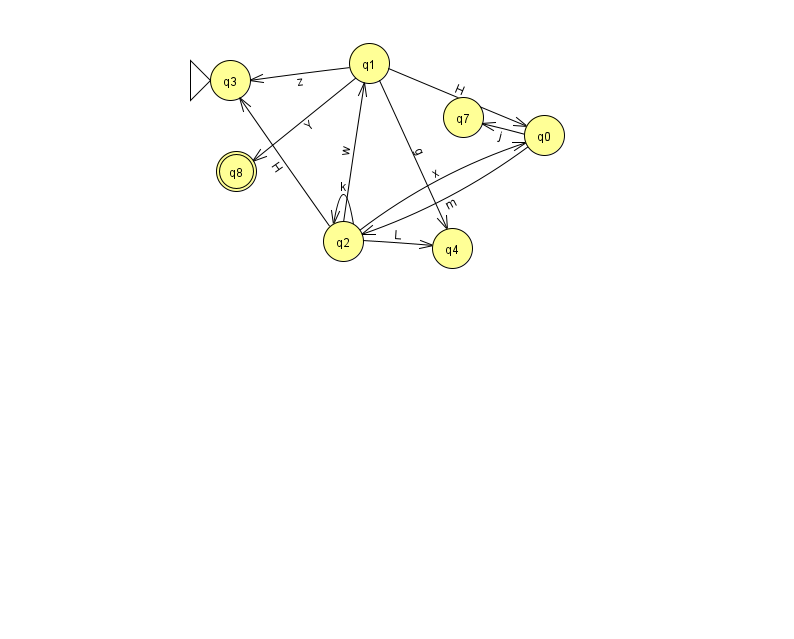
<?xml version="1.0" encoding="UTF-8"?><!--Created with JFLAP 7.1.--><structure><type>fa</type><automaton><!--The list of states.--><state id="0" name="q0"><x>544.0</x><y>122.0</y></state><state id="1" name="q1"><x>369.0</x><y>50.0</y></state><state id="2" name="q2"><x>343.0</x><y>228.0</y></state><state id="3" name="q3"><x>230.0</x><y>67.0</y><initial/></state><state id="4" name="q4"><x>452.0</x><y>235.0</y></state><state id="7" name="q7"><x>463.0</x><y>104.0</y></state><state id="8" name="q8"><x>236.0</x><y>158.0</y><final/></state><!--The list of transitions.--><transition><from>1</from><to>0</to><read>H</read></transition><transition><from>2</from><to>4</to><read>L</read></transition><transition><from>1</from><to>4</to><read>g</read></transition><transition><from>1</from><to>8</to><read>Y</read></transition><transition><from>1</from><to>3</to><read>z</read></transition><transition><from>2</from><to>0</to><read>x</read></transition><transition><from>2</from><to>2</to><read>k</read></transition><transition><from>2</from><to>1</to><read>w</read></transition><transition><from>0</from><to>2</to><read>m</read></transition><transition><from>0</from><to>7</to><read>j</read></transition><transition><from>2</from><to>3</to><read>H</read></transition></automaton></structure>